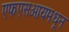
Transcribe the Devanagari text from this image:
एफएसआयमधून